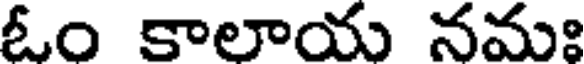
ఓం కాలాయ నమః